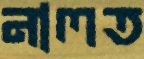
নালত